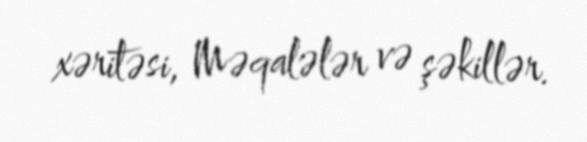
xəritəsi, Məqalələr və şəkillər.